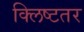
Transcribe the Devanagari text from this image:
क्लिष्टतर